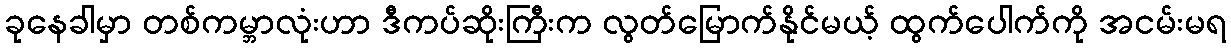
ခုနေခါမှာ တစ်ကမ္ဘာလုံးဟာ ဒီကပ်ဆိုးကြီးက လွတ်မြောက်နိုင်မယ့် ထွက်ပေါက်ကို အငမ်းမရ